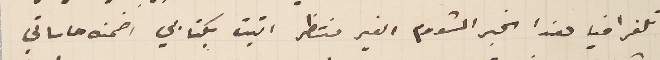
تلغرافيا هذا الخبر المشووم الغير منتظر اتيت بكتابي اضمنه حاساتي